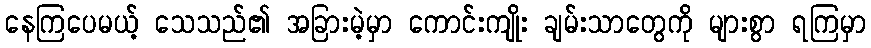
နေကြပေမယ့် သေသည်၏ အခြားမဲ့မှာ ကောင်းကျိုး ချမ်းသာတွေကို များစွာ ရကြမှာ